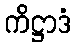
ကိဋ္ဌာဒံ